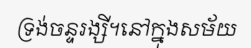
ទ្រង់ចន្ទរង្សី។នៅក្នុងសម័យ